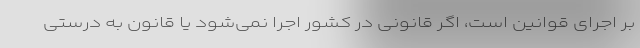
بر اجرای قوانین است، اگر قانونی در کشور اجرا نمی‌شود یا قانون به درستی